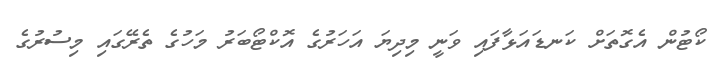
ކޯޓުން އެގޮތަށް ކަނޑައަޅާފައި ވަނީ މިދިޔަ އަހަރުގެ އޮކްޓޯބަރު މަހުގެ ތެރޭގައި މިސުރުގެ